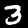
Label: 3